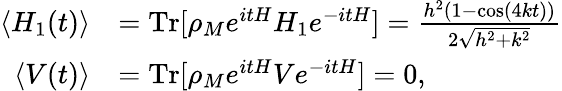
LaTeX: \begin{array}{r}{\begin{array}{rl}{\langle H_{1}(t)\rangle}&{=\mathrm{Tr}[\rho_{M}e^{itH}H_{1}e^{-itH}]=\frac{h^{2}(1-\cos(4kt))}{2\sqrt{h^{2}+k^{2}}}}\\ {\langle V(t)\rangle}&{=\mathrm{Tr}[\rho_{M}e^{itH}Ve^{-itH}]=0,}\end{array}}\end{array}